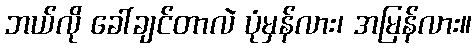
ဘယ်လို ခေါ်ချင်တာလဲ ပုံမှန်လား၊ အမြန်လား။